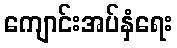
ကျောင်းအပ်နှံရေး